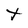
Character: t